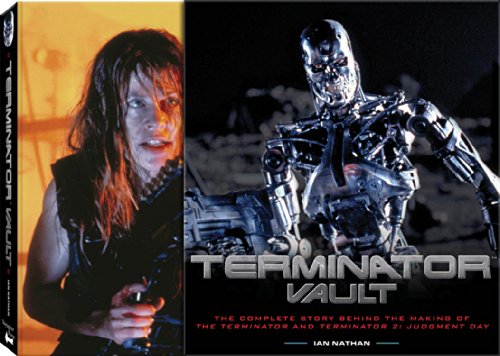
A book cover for Terminator Vault: The Complete Story Behind the Making of The Terminator and Terminator 2: Judgment Day; Ian Nathan; Biographies & Memoirs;